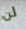
لن